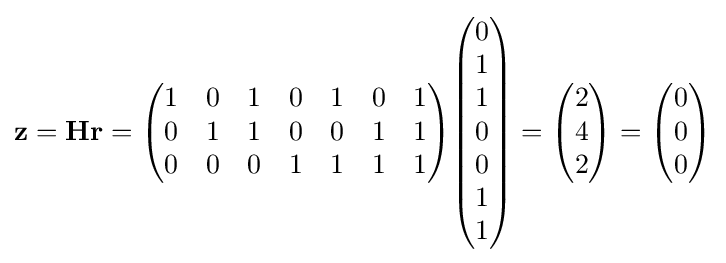
\mathbf {z} =\mathbf {H} \mathbf {r} ={\begin{pmatrix}1&0&1&0&1&0&1\\0&1&1&0&0&1&1\\0&0&0&1&1&1&1\\\end{pmatrix}}{\begin{pmatrix}0\\1\\1\\0\\0\\1\\1\end{pmatrix}}={\begin{pmatrix}2\\4\\2\end{pmatrix}}={\begin{pmatrix}0\\0\\0\end{pmatrix}}